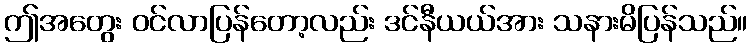
ဤအတွေး ဝင်လာပြန်တော့လည်း ဒင်နီယယ်အား သနားမိပြန်သည်။